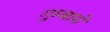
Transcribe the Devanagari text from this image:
गुम्बामे